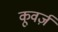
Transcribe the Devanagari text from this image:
कूवर्ज़